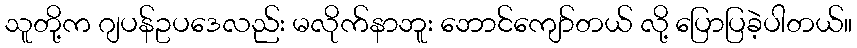
သူတို့က ဂျပန်ဥပဒေလည်း မလိုက်နာဘူး ဘောင်ကျော်တယ် လို့ ပြောပြခဲ့ပါတယ်။